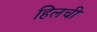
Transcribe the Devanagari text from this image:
हिलची